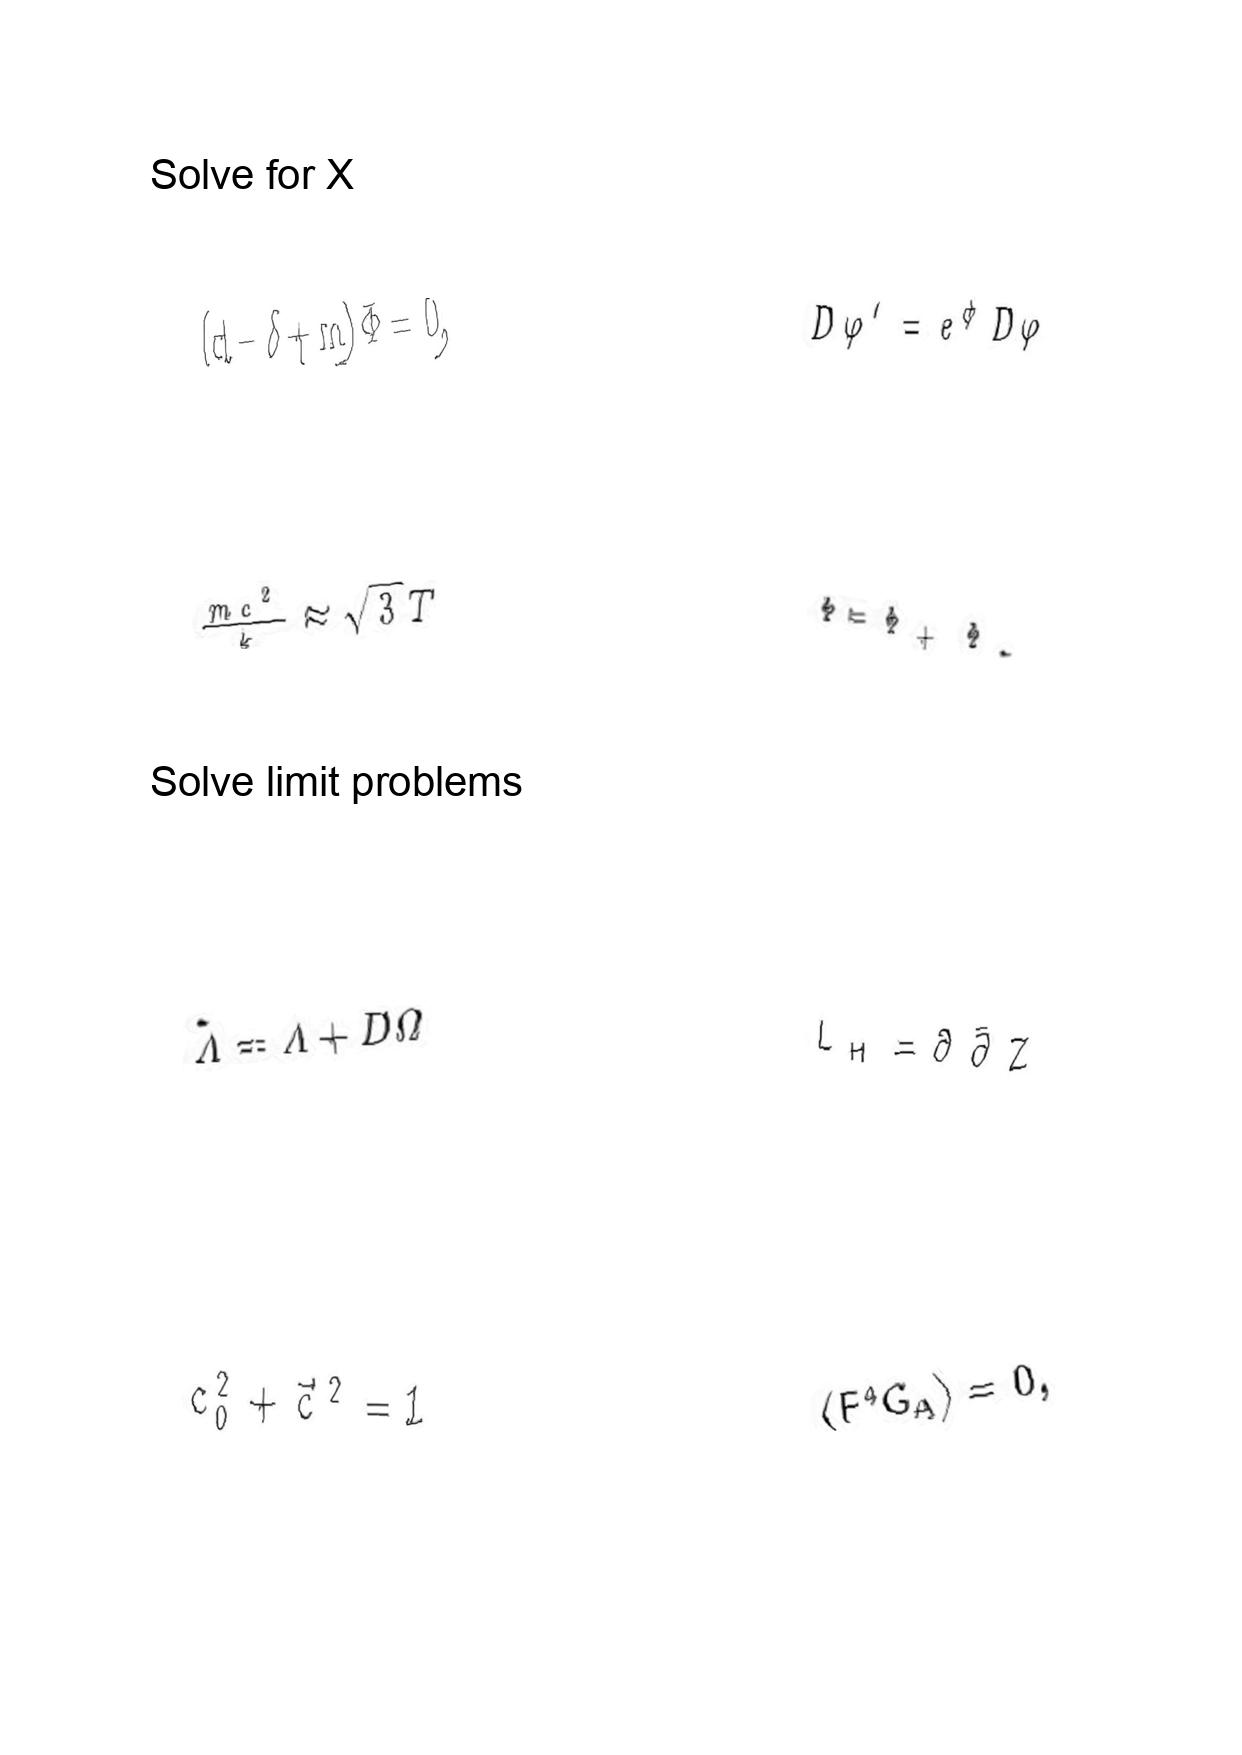
LaTeX transcription:
\lparen d - \delta + m \rparen \Phi = 0 ,
\frac { m c ^ { 2 } } { k } \approx \sqrt { 3 } T
\tilde { \Lambda } = \Lambda + D \Omega
c _ { 0 } ^ { 2 } + \vec { c } ^ { 2 } = 1
D \varphi ^ { \prime } = e ^ { \phi } D \varphi
\Phi = \Phi _ { + } \Phi _ { - }
L _ { H } = \partial \bar { \partial } Z
\langle F ^ { 4 } G _ { A } \rangle = 0 ,